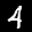
Label: 4